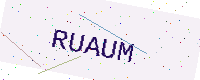
Text: RUAUM